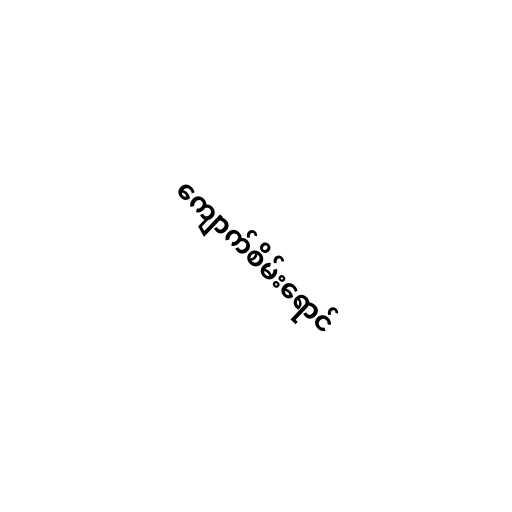
ကျောက်စိမ်းရောင်